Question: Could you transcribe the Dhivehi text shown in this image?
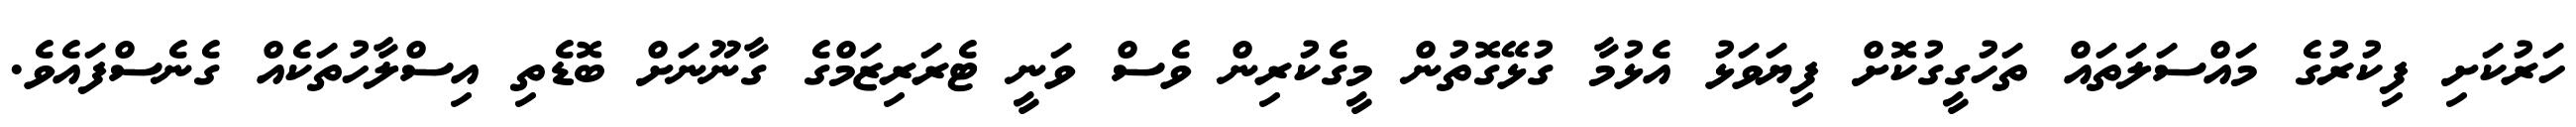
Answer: ހަރުކަށި ފިކުރުގެ މައްސަލަތައް ތަހުގީގުކޮށް ފިޔަވަޅު އެޅުމާ ގުޅޭގޮތުން މީގެކުރިން ވެސް ވަނީ ޓެރަރިޒަމްގެ ގާނޫނަށް ބޮޑެތި އިސްލާހުތަކެއް ގެނެސްފައެވެ.